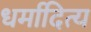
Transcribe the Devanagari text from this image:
धर्मादित्य